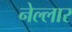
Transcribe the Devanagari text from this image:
नेल्‍लार